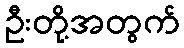
ဦးတို့အတွက်